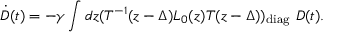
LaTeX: \dot { D } ( t ) = - \gamma \int d z ( T ^ { - 1 } ( z - \Delta ) L _ { 0 } ( z ) T ( z - \Delta ) ) _ { \mathrm { d i a g } } ~ D ( t ) .